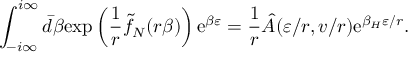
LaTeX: \int _ { - i \infty } ^ { i \infty } \bar { d } \beta \mathrm { e x p } \left( { \frac { 1 } { r } } \tilde { f } _ { N } ( r \beta ) \right) \mathrm { e } ^ { \beta \varepsilon } = { \frac { 1 } { r } } \hat { A } ( \varepsilon / r , v / r ) \mathrm { e } ^ { { \beta _ { H } \varepsilon } / r } .